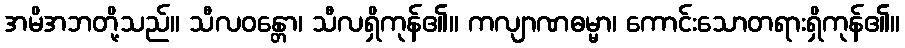
အမိအဘတို့သည်။ သီလဝန္တော၊ သီလရှိကုန်၏။ ကလျာဏဓမ္မာ၊ ကောင်းသောတရားရှိကုန်၏။